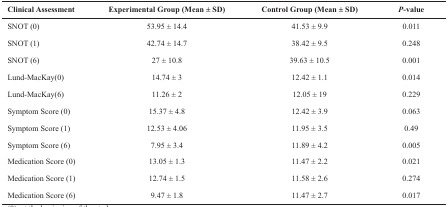
| Clinical Assessment | Experimental Group (Mean ± SD) | Control Group (Mean ± SD) | P-value |
 | --- | --- | --- | --- |
 | SNOT (0) | 53.95 ± 14.4 | 41.53 ± 9.9 | 0.011 |
 | SNOT (1) | 42.74 ± 14.7 | 38.42 ± 9.5 | 0.248 |
 | SNOT (6) | 27 ± 10.8 | 39.63 ± 10.5 | 0.001 |
 | Lund-MacKay(0) | 14.74 ± 3 | 12.42 ± 1.1 | 0.014 |
 | Lund-MacKay(6) | 11.26 ± 2 | 12.05 ± 19 | 0.229 |
 | Symptom Score (0) | 15.37 ± 4.8 | 12.42 ± 3.9 | 0.063 |
 | Symptom Score (1) | 12.53 ± 4.06 | 11.95 ± 3.5 | 0.49 |
 | Symptom Score (6) | 7.95 ± 3.4 | 11.89 ± 4.2 | 0.005 |
 | Medication Score (0) | 13.05 ± 1.3 | 11.47 ± 2.2 | 0.021 |
 | Medication Score (1) | 12.74 ± 1.5 | 11.58 ± 2.6 | 0.274 |
 | Medication Score (6) | 9.47 ± 1.8 | 11.47 ± 2.7 | 0.017 |